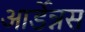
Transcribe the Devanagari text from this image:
आर्डेन्नस